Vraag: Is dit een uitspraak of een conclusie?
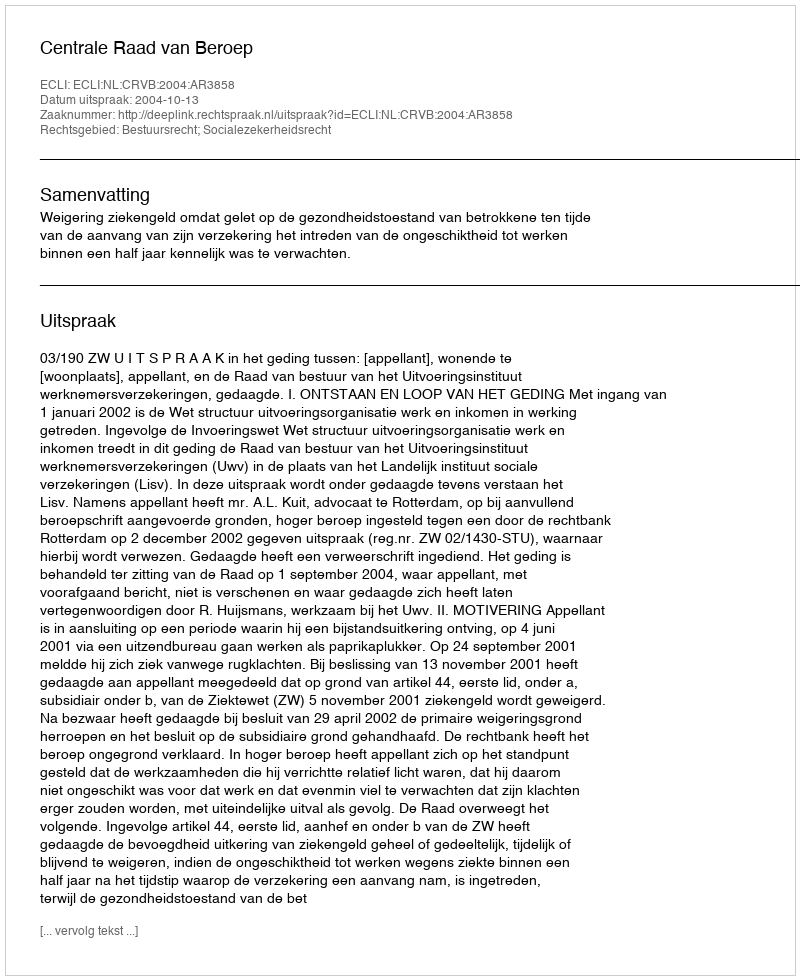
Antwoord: Uitspraak